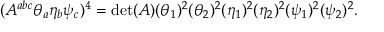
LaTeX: ( A ^ { a b c } \theta _ { a } \eta _ { b } \psi _ { c } ) ^ { 4 } = \operatorname* { d e t } ( A ) ( \theta _ { 1 } ) ^ { 2 } ( \theta _ { 2 } ) ^ { 2 } ( \eta _ { 1 } ) ^ { 2 } ( \eta _ { 2 } ) ^ { 2 } ( \psi _ { 1 } ) ^ { 2 } ( \psi _ { 2 } ) ^ { 2 } .